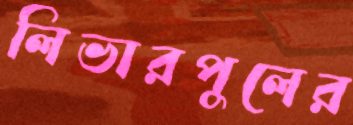
লিভারপুলের